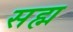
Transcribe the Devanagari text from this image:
सह्म